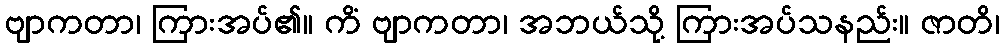
ဗျာကတာ၊ ကြားအပ်၏။ ကိံ ဗျာကတာ၊ အဘယ်သို့ ကြားအပ်သနည်း။ ဇာတိ၊